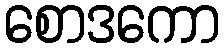
စောဒကော